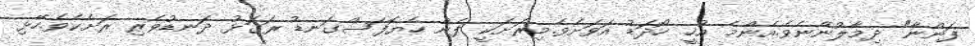
ފަންނާ" ދިމާލުންނެވެ.އެންމެ އުހީ ހޯދަޑު އަވަށެވެ.މިރަށަކީ ފެން ހެޔޮފަސްގަނޑު ރަގަޅު ދަނޑުވެރި ރަށެކެވެ.ހޭޅި